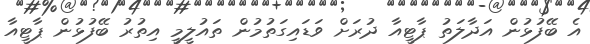
އެ ބޭފުޅުން އަދާލަތު ޕާޓީއާ ދުރަށް ވަޑައިގަތުމުން ތައުލީމީ އިތުރު ބޭފުޅުން ޕާޓީއާ